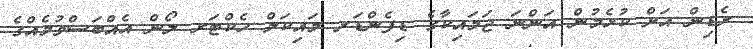
ރެޑިން އަށް ކުޅެމުން އަންނަ ޖަމައިކާގެ ޑިފެންޑަރ މައިކަލް ހެކްޓަރ ލޯން އެއްބަސްވުމެއްގެ